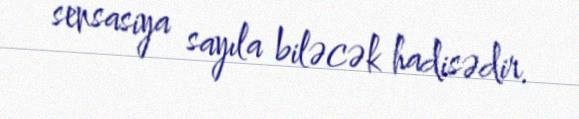
sensasiya sayıla biləcək hadisədir.